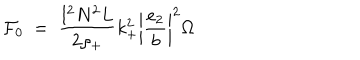
LaTeX: { \cal { F } } _ { 0 } ~ = ~ \frac { l ^ { 2 } N ^ { 2 } L } { 2 \rho _ { + } } k _ { + } ^ { 2 } \left| \frac { e _ { 2 } } { b } \right| ^ { 2 } \Omega